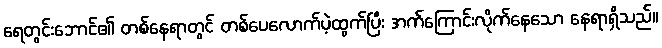
ရေတွင်းဘောင်၏ တစ်နေရာတွင် တစ်ပေလောက်ပဲ့ထွက်ပြီး အက်ကြောင်းလိုက်နေသော နေရာရှိသည်။